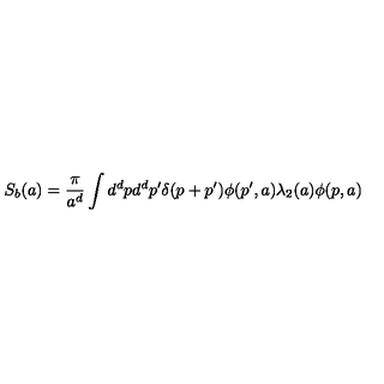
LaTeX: S _ { b } ( a ) = \frac { \pi } { a ^ { d } } \int d ^ { d } p d ^ { d } p ^ { \prime } \delta ( p + p ^ { \prime } ) \phi ( p ^ { \prime } , a ) \lambda _ { 2 } ( a ) \phi ( p , a )